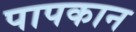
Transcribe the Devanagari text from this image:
पापकान